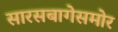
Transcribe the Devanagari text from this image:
सारसबागेसमोर